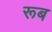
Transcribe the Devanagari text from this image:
रूब